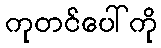
ကုတင်ပေါ်ကို